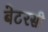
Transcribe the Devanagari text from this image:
बेटरसी